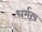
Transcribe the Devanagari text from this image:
धर्मरूप